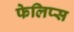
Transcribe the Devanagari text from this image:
फेलिप्स